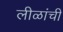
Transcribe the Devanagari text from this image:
लीळांची